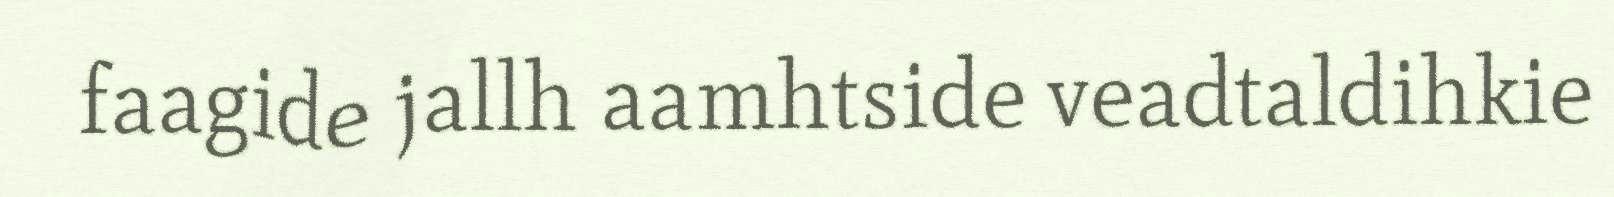
faagide jallh aamhtside veadtaldihkie